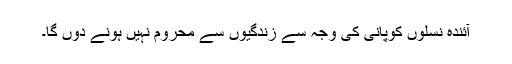
آئندہ نسلوں کوپانی کی وجہ سے زندگیوں سے محروم نہیں ہونے دوں گا۔